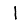
Digit: 1